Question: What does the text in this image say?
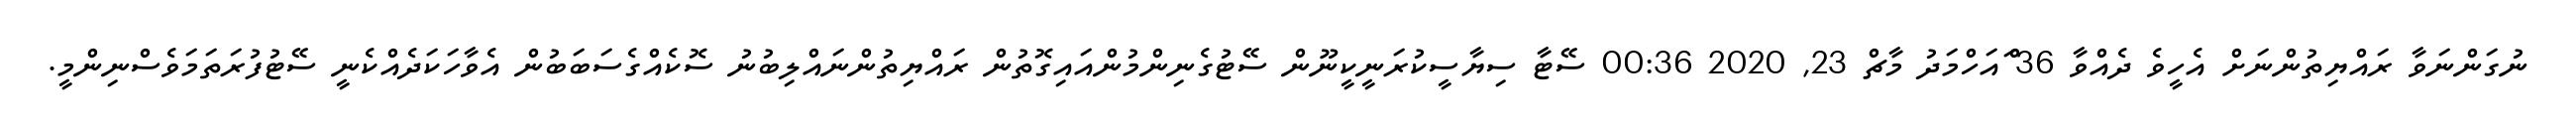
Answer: ނުގަންނަވާ ރައްޔިތުންނަށް އެހީވެ ދެއްވާ 36 ްައަހްމަދު މާޗް 23, 2020 00:36 ސޭޓާ ސިޔާސީކުރަނީކީނޫން ސޭޓުގެނިންމުންއައިގޮތުން ރައްޔިތުންނައްލިބުނު ސޮކެއްގެސަބަބުން އެވާހަކަދެއްކެނީ ސޭޓުފުރަތަމަވެސްނިންމީ.